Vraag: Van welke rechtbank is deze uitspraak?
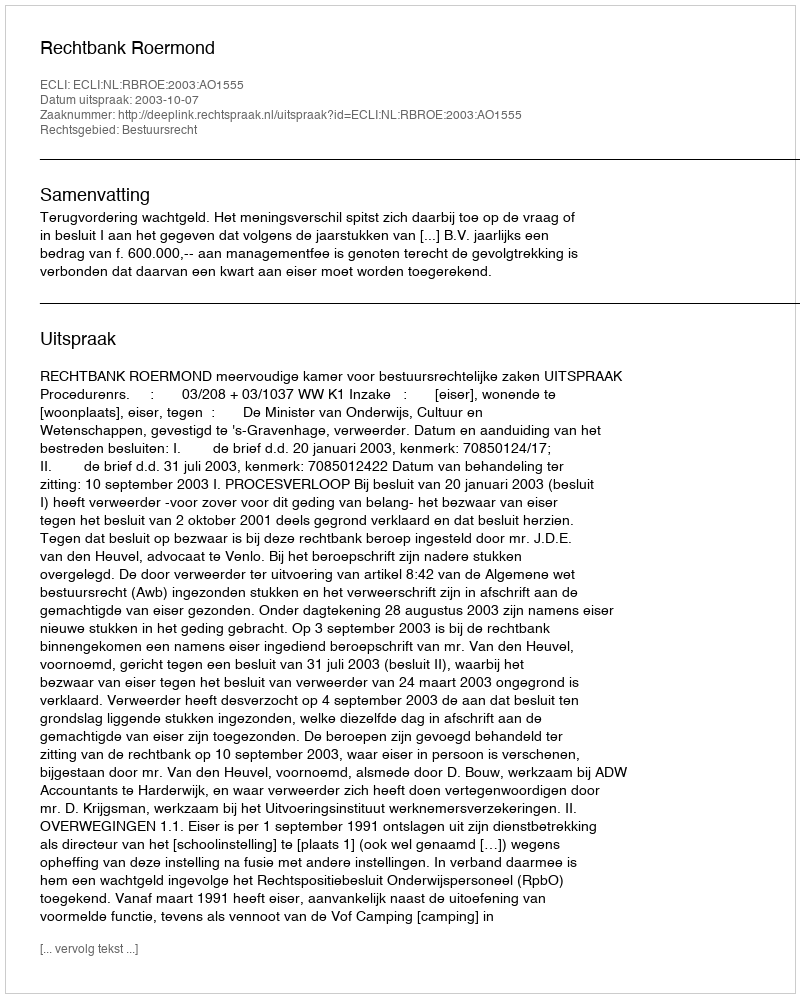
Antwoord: Rechtbank Roermond